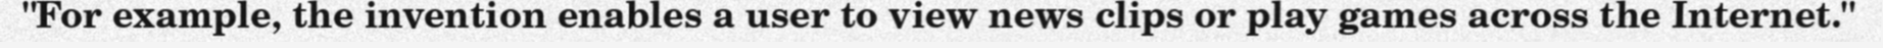
"For example, the invention enables a user to view news clips or play games across the Internet."